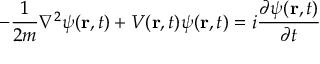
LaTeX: - { \frac { 1 } { 2 m } } \nabla ^ { 2 } \psi ( \mathbf { r } , t ) + V ( \mathbf { r } , t ) \psi ( \mathbf { r } , t ) = i { \frac { \partial \psi ( \mathbf { r } , t ) } { \partial t } }